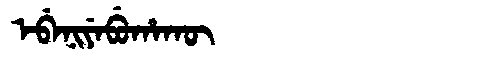
Manchu: ᡝᠪᡝᠨᡳᠶᡝᠪᡠᡥᠠᡴᡡ
Romanization: EBENIYEBUHAKŪ